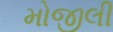
મોજીલી